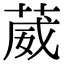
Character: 葳